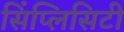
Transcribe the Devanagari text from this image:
सिंप्लिसिटी